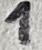
Text: 1